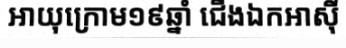
អាយុក្រោម១៩ឆ្នាំ ជើងឯកអាស៊ី